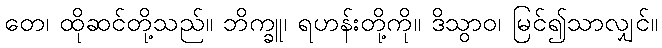
တေ၊ ထိုဆင်တို့သည်။ ဘိက္ခူ၊ ရဟန်းတို့ကို။ ဒိသွာဝ၊ မြင်၍သာလျှင်။